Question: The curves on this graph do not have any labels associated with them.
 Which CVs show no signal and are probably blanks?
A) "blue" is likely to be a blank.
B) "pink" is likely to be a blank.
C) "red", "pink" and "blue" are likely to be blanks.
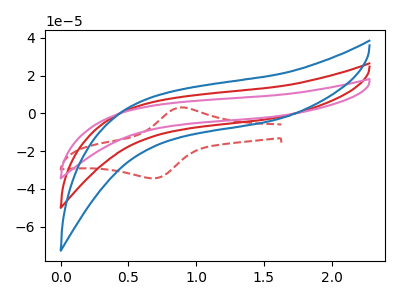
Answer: <think>The red curve "red" has no peaks. The red dashed curve "red dashed" has an anodic peak at (0.90V, 3.25uA) and a cathodic peak at (0.70V, -34.30uA). The pink curve "pink" has no peaks. The blue curve "blue" has no peaks.</think>
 <answer>C) "red", "pink" and "blue" are likely to be blanks.</answer>
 <eval>C</eval>